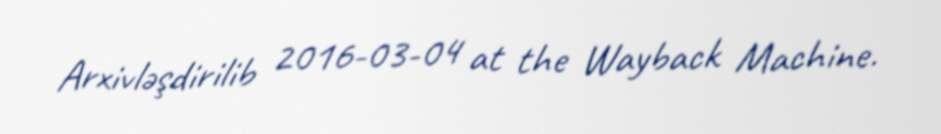
Arxivləşdirilib 2016-03-04 at the Wayback Machine.